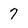
Character: 7